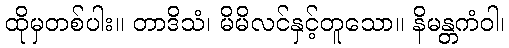
ထိုမှတစ်ပါး။ တာဒိသံ၊ မိမိလင်နှင့်တူသော။ နိမန္တကံဝါ၊